Triennial report on the lunatic asylums in the province of Eastern Bengal and Assam - 1903-1911
Year: 1903
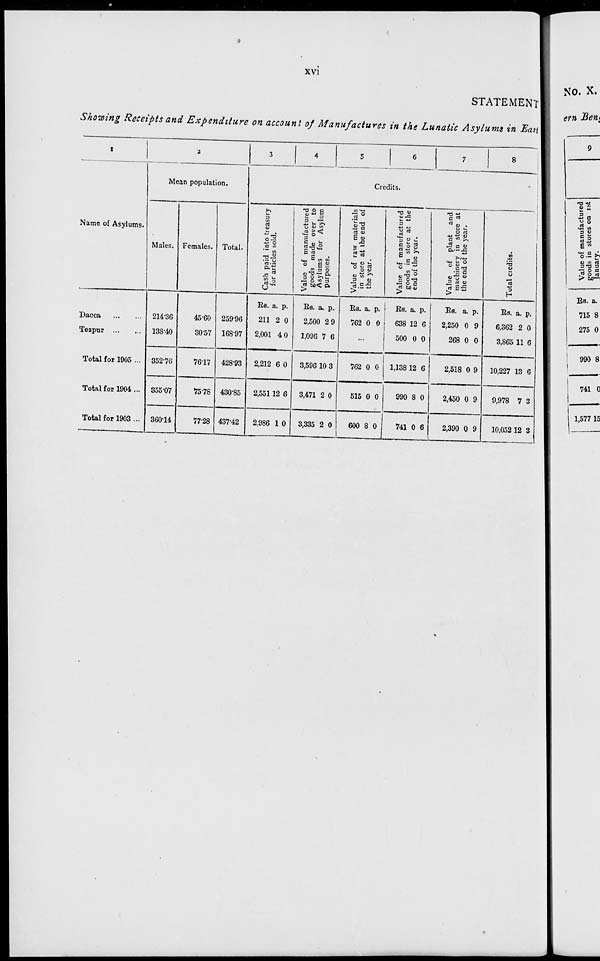
xvi
STATEMENT
Showing Receipts and Expenditure on account of Manufactures in the Lunatic Asylums in East
1
Name of Asylums.
Dacca
...
...
Tezpur
...
...
Total for 1905 ...
Total for 1904 ...
Total for 1903 ...
2
Mean population.
Males.
214.36
138.40
352.76
355.07
360.14
Females.
45.60
30.57
76.17
75.78
77.28
Total.
259.96
168.97
428.93
430.85
437.42
3
4
5
6
7
8
Credits.
Cash paid into treasury
for articles sold.
Rs.
211
2,001
2,212
2,551
2,986
a.
2
4
6
12
1
p.
0
0
0
6
0
Value of manufactured
goods made over to
Asylums for Asylum
purposes.
Rs.
2,500
1,096
3,596
3,471
3,335
a.
2
7
10
2
2
p.
9
6
3
0
0
Value of raw materials
in store at the end of
the year.
Rs.
762
a.
0
p.
0
...
762
515
600
0
0
8
0
0
0
Value of manufactured
goods in store at the
end of the year.
Rs.
638
500
1,138
990
741
a.
12
0
12
8
0
p.
6
0
6
0
6
Value of plant and
machinery in store at
the end of the year.
Rs.
2,250
268
2,518
2,450
2,390
a.
0
0
0
0
0
p.
9
0
9
9
9
Total credits.
Rs.
6,362
3,865
10,227
9,978
10,052
a.
2
11
13
7
12
p.
0
6
6
3
3